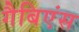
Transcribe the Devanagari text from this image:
गैबिएंस